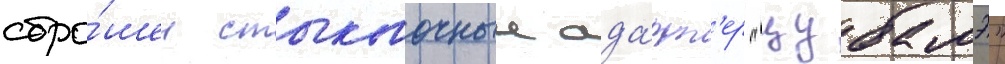
сбро́шен стыковочныи ада́пт'ер "цубамэ"